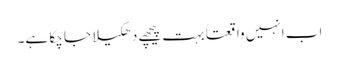
اب انہیں واقعتاً بہت پیچھے دھکیلا جا چکا ہے۔